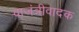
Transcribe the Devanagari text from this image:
वाजंत्रीवादक